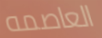
العاصمه